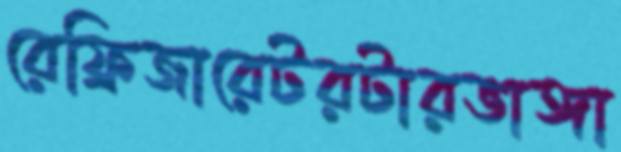
রেফ্রিজারেটরটারভাঙ্গা